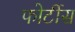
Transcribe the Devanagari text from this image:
फोर्टीस